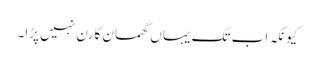
کیونکہ اب تک یہاں گھمسان کا رن نہیں پڑا۔